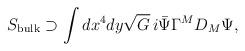
LaTeX: \begin{align*}S_{\rm bulk}\supset \int dx^4dy\sqrt{G}\,i\bar{\Psi}\Gamma^MD_M\Psi,\end{align*}